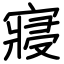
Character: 寢